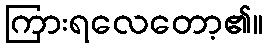
ကြားရလေတော့၏။